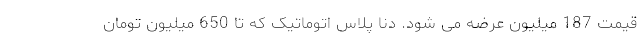
قیمت 187 میلیون عرضه می شود. دنا پلاس اتوماتیک که تا 650 میلیون تومان